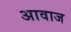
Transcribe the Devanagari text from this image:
अावाज